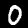
Label: 0